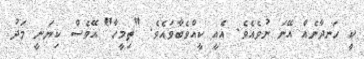
ކީ ހަނދާނެއް އޭނަ ނުވެއެވެ. އެއީ ކީއްވެބާވައެވެ. "ތިމީހާ" އޭވެސް ކިޔަނީ މަދު